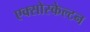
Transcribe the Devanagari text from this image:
एक्सोस्केल्टन